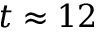
t \approx 1 2